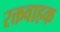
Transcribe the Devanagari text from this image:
रक्तवाहक